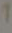
1